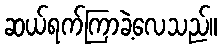
ဆယ်ရက်ကြာခဲ့လေသည်။